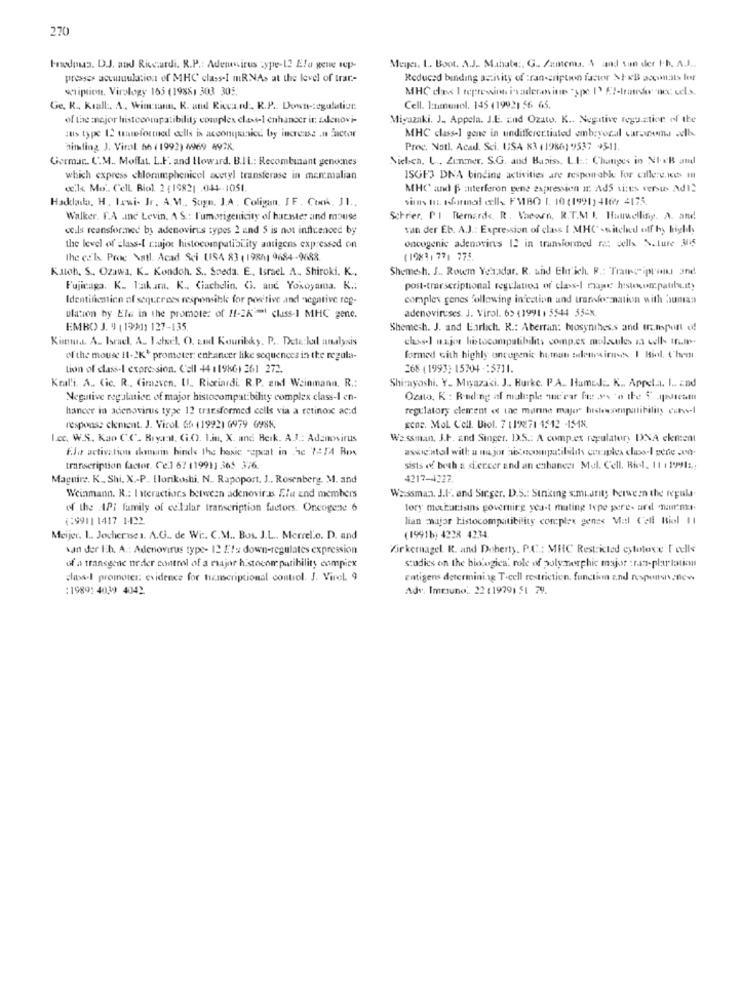
270
Hradous. DJ. and Riccardi. R.P .: Adenovirus type-12 Ela gene sep-
Meyer, L. Boot. A.J. Mahate :. G .. Zamema. & and van der I.b. A.J ..
presses acuinuulation of MHC class-I mRNAs at the level of trar-
Reduced binding activity of :ran-cription factor >I- KB aoconats ler
wiplion. Virology-165 (19881 303 305.
Ge. R ., Kıall. A. Wiaran, R. and Riccard. R.P .. Down -: egulation
Cell. I:munol. 145 (19921 56 65.
of the mejor histocompatibility complex class-1 enhancer it: zdenovi-
Miyazaki. J. Appela. J.E. End Ozato. K .. Negative reguztice of the
:tis type 12 tuefortued cells is accontinice by increase .n Factor
MHC classel gene in undifferentiated embryocal car.woom. welke
hitting J. Viral 56 ( 1992) 4969 4978
Proc. Natl. Acad. Sci. USA 83 (19861 99537 95-11.
Germar. C.M. Moffat. L.F. and Howard. B.IL .: Recombinant genocnes
Nielch, L ., Zunmer. S.G. and Basiss, L.I .: Changes in NIEB and
which express chloramphenicel acetyl transferase in menmalian
ISGF3 DNA binding activities are responable for cillere.kes i
«.ls Mo. Cell Biol 2 (19821 .044-1051
MHC and $ interferon gene expression It AdS sites versus Adi2
Hacklado, H. Lewi- Jr. A. M ., Sugn, J.A. Coligan, IF. Cook. J1 ..
sinns In. sformel cells FMBO 1. 10 (1991) 4169 4175.
Walker. F.A .Inc Levin. A. S .: l'umorigenicity of harmter and mouse
Schrier, PI Bernards. R. Vacaen. R.T.M I. Hauwellisy. A. and.
vcils reansformned by adenovirus types 2 und $ is not influenced by
van der Eb. A.J .: Expression of class [ MHC . siteled off hy highly
oncogenic adenovins 12 in transformed re: cells Nature 3IS
the level of class-[ rtujor histocompatibility antigens expressed on
the esk. Proc Natl. Acad Sci USA 83 (198/1 9684-9688
(19831 77) 775.
Kutoh, S ., Ozawa, K. Kondoh. S .. Soeda. E ., Israel A, Shiroki, K .,
Shemesh. J ., Rowem Yerradar. R. and Ehrlich. R .: Tramc ipran, and
Fujicaga. K. Takam. K ., Ciachelin, C. and Yokoyama. K .:
post-transcriptional regelatos of class-I mage histocompatibility
Identification of sequcrees responsible for positive and negative reg-
complex genes following in cation and transformation with Suman
adenoviruses. J. Virol. 6> (19911 5544 554X
ulation by Ele in the promote: of H-2K - class-1 MHC gene.
EMBO J. 9 (1990) 127-135
Shemesh. J. and Larlich. R .: Aberran: bosynthes.s and transport of
Kim. A. Israel. A. I.del. O. zud Kouribky. P .. Deta:kal analysis
clase] major histocompatibility comp.ex molecules ia well- If .. m.
of the mouse It-2K' prometer: enhancer like sequences in the regula-
formed with highly oncogenic human seleurairuss I Biol. them
Lion of dass-I expression. Cell 44 11986) 261 272.
268 (1993) 15704 -15711.
Kralli. A .. Cic. R .. (imaven. Ul .. Ricciardi. R.P. zid Weinmann, R .:
Shi-ayoshi. Y. Miyazaki. J .. Burkc. P.A. HameJE. K ., Appela. I .. zad
Negative regulation of major histocompatibility complex class-I en-
Ozato, K : Runding af maliple que ear fee sos 'o the 5 jestest
hancer in adenovirus type 12 transformed cells via a retinox ac:d
regulatory element « ine marine major" helecompatibility ects-1
response clement. J. Virol. 65 (1992) 6979 6985.
gene. Mol Cell. Biol. 7 :1%71 1512 -1548,
Lec. W.S. Kao C.C. Riyal, Gi.O. L.in, X. and Heık. AJ .: Adenovirus
Wassman, J.F. and Singer. D.S .: A comp.ex regulatory DNA ekment
Ela activation chmerin hinds the basic repeat in Ac 7414 Ros
transcription factor. Ce.] 67 119911 365 376.
sists of both a stercer and an enhances Mal. Cell. Biol. 11 : 1991 :.;
Maguire. K. Shi. X .- P. [lorikoshi. N. Rapoport. J ., Rosenberg. M. and
4217-4327
Weinmann. R .: Interactions between adenovir.s. Ele znd members
Wassman. J.F. and Sırger. D.S .: Sinking smianty between the regula
of the API family of cdlalar transcription factors. Oncogene 6
tory meharisans govemire yea-t mating type gere- ard nurme.
(29911 1417 14422
lian major histocompatibility complex genes Vel Cell Riol 11
Meijer. 1 .. Jocherises. A.G .. de Wi :. C.M ., Bos. J.L .. Merrel.o. D. and
(1991b) 4228 4234
kan der lih. A .: Adenovirus type- 12 Efs down-regulates expression
Virkernagel. R. and Doherty. P.C .: MHC Restricted cytotoxx [ odks
of a transgene neder control of a major histocompatibility compiex
studies on the biologica: role of polymorphic major : ran-plurtation
class-l promoter: evidence for hemcripcional control. J. Virel 9
gatigens determining T-cell restriction, function and responsinew
:1989: 4039 4042.
Adv. Immuno .. 22 (1979) 51 79.